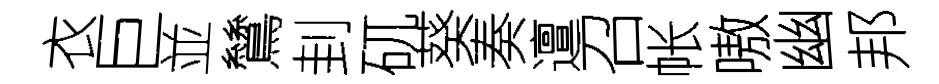
衣巨並鷥刲矹葵奏邅召帐嗷幽邦